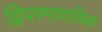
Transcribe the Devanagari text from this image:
द्विपरमाणविक